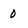
Character: 0